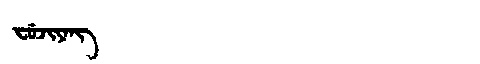
Manchu: ᠸᡠᠵᡳᠶᠠᠩ
Romanization: FUJIYANG